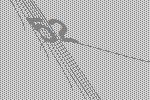
52